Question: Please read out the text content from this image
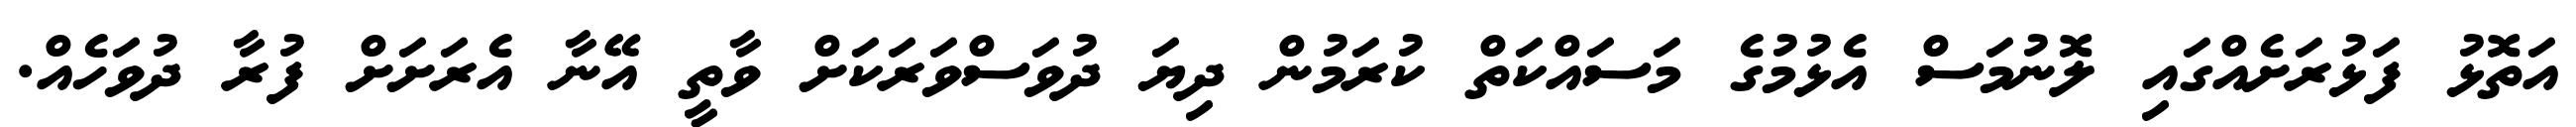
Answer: އަތޮޅު ފަޅުރަށެއްގައި ލޮނުމަސް އެޅުމުގެ މަސައްކަތް ކުރަމުން ދިޔަ ދުވަސްވަރަކަށް ވާތީ އޭނާ އެރަށަށް ފުރާ ދުވަހެއް.